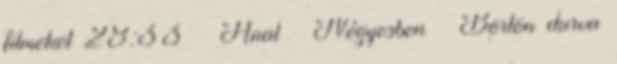
filmeket 28:33 ▪ Anal ▪ Négyesben ▪ Börtön durva